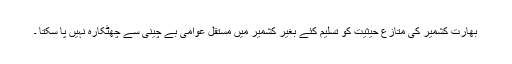
بھارت کشمیر کی متازع حیثیت کو تسلیم کئے بغیر کشمیر میں مستقل عوامی بے چینی سے چھٹکارہ نہیں پا سکتا ۔